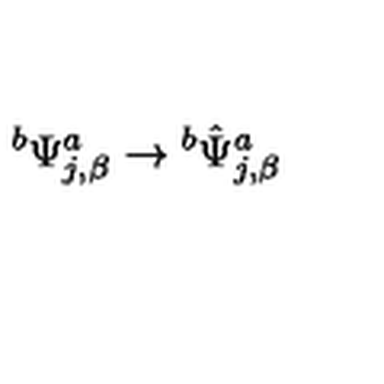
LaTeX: { } ^ { b } \Psi _ { j , \beta } ^ { a } \rightarrow { } ^ { b } { \hat { \Psi } } _ { j , \beta } ^ { a }